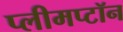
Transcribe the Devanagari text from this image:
प्लीमप्टॉन